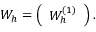
W _ { h } = \left( \begin{array} { l } { W _ { h } ^ { ( 1 ) } } \end{array} \right) .